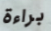
براءة